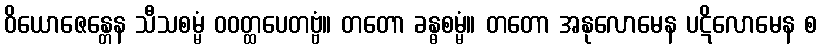
ဝိယောဇေန္တေန သီသစမ္မံ ဝဝတ္ထပေတဗ္ဗံ။ တတော ခန္ဓစမ္မံ။ တတော အနုလောမေန ပဋိလောမေန စ